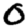
Digit: 0